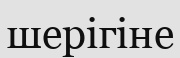
шерігіне